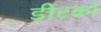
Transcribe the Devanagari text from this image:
डीटको